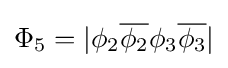
\Phi _{5}=|\phi _{2}{\overline {\phi _{2}}}\phi _{3}{\overline {\phi _{3}}}|